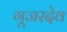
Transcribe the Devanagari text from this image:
गूजरदेव